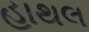
હાથલ